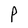
Character: P